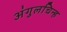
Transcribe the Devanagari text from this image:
अंगुलचिन्ह